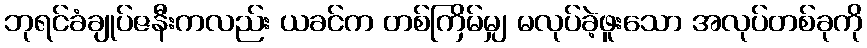
ဘုရင်ခံချုပ်ဇနီးကလည်း ယခင်က တစ်ကြိမ်မျှ မလုပ်ခဲ့ဖူးသော အလုပ်တစ်ခုကို